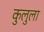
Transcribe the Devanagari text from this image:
कुलुला